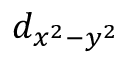
d _ { x ^ { 2 } - y ^ { 2 } }